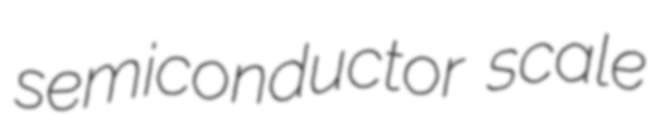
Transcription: semiconductor scale